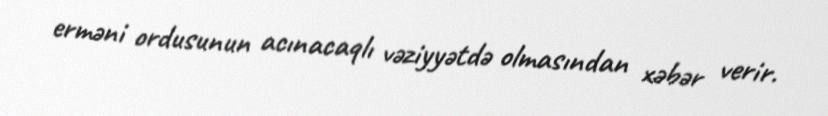
erməni ordusunun acınacaqlı vəziyyətdə olmasından xəbər verir.